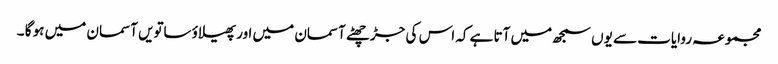
مجموعہ روایات سے یوں سمجھ میں آتا ہے کہ اس کی جڑ چھٹے آسمان میں اور پھیلاؤ ساتویں آسمان میں ہو گا ۔